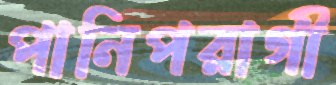
পানিপরাগী